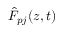
\hat { \cal F } _ { p j } ( z , t )